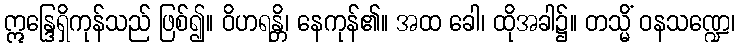
ဣန္ဒြေရှိကုန်သည် ဖြစ်၍။ ဝိဟရန္တိ၊ နေကုန်၏။ အထ ခေါ၊ ထိုအခါ၌။ တသ္မိံ ဝနသဏ္ဍေ၊